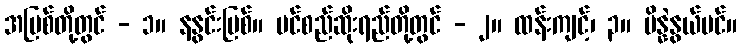
အမြစ်တို့တွင် - ၁။ နနွင်းမြစ်။ ပင်စည်ဆိုးရည်တို့တွင် - ၂။ ထန်းကျင့်၊ ၃။ ပိန္နဲနွယ်ပင်။